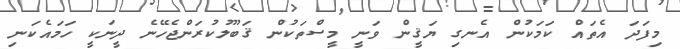
މިފަދަ އެތައް ކަމަކުން އެނގި ޔަޤީން ވަނީ މީސްތަކުން ޤަބޫލުކުރަންޖެހޭނެ ދީނަކީ ހަމައެކަނި